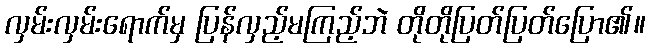
လှမ်းလှမ်းရောက်မှ ပြန်လှည့်မကြည့်ဘဲ တိုတိုပြတ်ပြတ်ပြော၏။